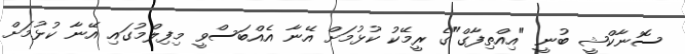
ސޮނާކްޝީ ބުނީ "އިއްތިފާގް"ގެ ރީމޭކު ކުޅުމަށް އޭނާ އެއްބަސްވީ މިފިލްމުގައި އޭނާ ކުޅުމަށް